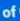
of